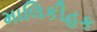
માલિકીહક